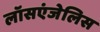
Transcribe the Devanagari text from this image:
लॉसएंजेलिस